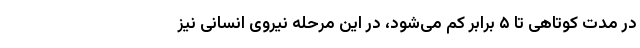
در مدت کوتاهی تا ۵ برابر کم می‌شود، در این مرحله نیروی انسانی نیز